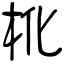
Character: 杹